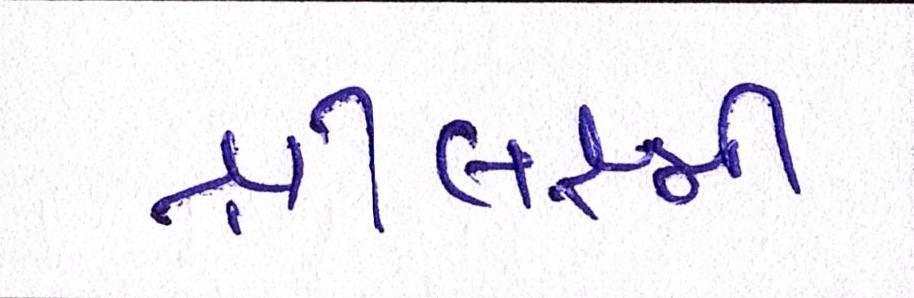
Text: શ્રીલક્ષ્મી